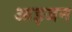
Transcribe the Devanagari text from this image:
आइजन